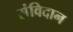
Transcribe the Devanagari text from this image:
संविदान